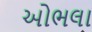
ઓભલા